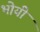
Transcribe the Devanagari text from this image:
भोयी